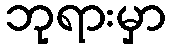
ဘုရားမှာ